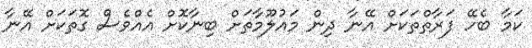
ކަމާ ބެހޭ ފަރާތްތަކަށް އޭނާ ދިން މައުލޫމާތަށް ބިނާކޮށް އެއްވެސް ގޮތަކަށް އޭނާ